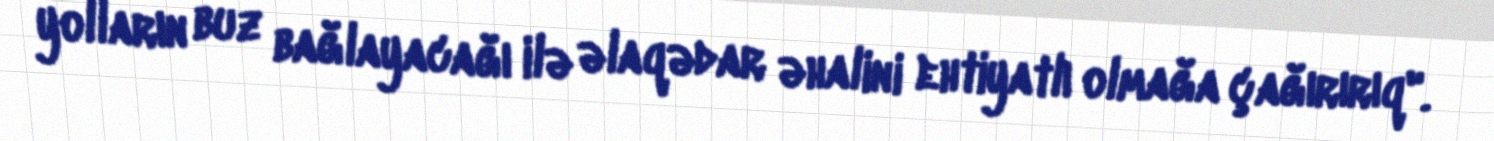
yolların buz bağlayacağı ilə əlaqədar əhalini ehtiyatlı olmağa çağırırıq".